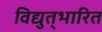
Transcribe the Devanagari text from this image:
विद्युत्‌भारित